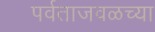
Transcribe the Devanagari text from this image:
पर्वताजवळच्या